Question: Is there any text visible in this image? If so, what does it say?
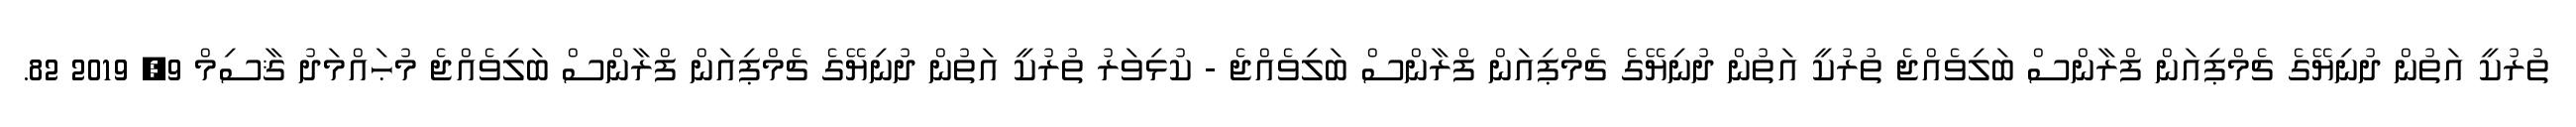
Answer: ތުރުކީ އަތުން ދުނިޔޭގެ ޗެމްޕިއަން ފްރާންސް ބަލިވެއްޖެ ތުރުކީ އަތުން ދުނިޔޭގެ ޗެމްޕިއަން ފްރާންސް ބަލިވެއްޖެ - ކުޅިވަރު ތުރުކީ އަތުން ދުނިޔޭގެ ޗެމްޕިއަން ފްރާންސް ބަލިވެއްޖެ މުޙައްމަދު ޤާސިމް 9, 2019 82.